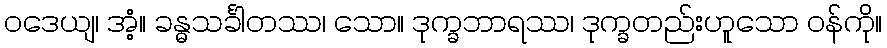
ဝဒေယျ၊ အံ့။ ခန္ဓသင်္ခါတဿ၊ သော။ ဒုက္ခဘာရဿ၊ ဒုက္ခတည်းဟူသော ဝန်ကို။